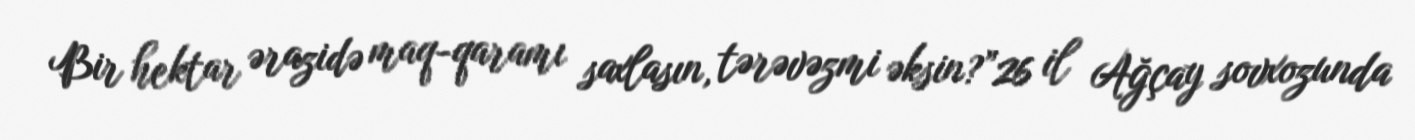
Bir hektar ərazidə maq-qaramı saxlasın, tərəvəzmi əksin?”26 il Ağçay sovxozunda